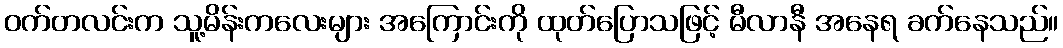
ဝက်တလင်းက သူ့မိန်းကလေးများ အကြောင်းကို ထုတ်ပြောသဖြင့် မီလာနီ အနေရ ခက်နေသည်။